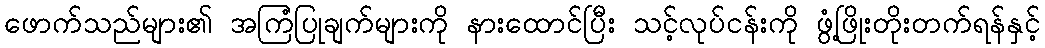
ဖောက်သည်များ၏ အကြံပြုချက်များကို နားထောင်ပြီး သင့်လုပ်ငန်းကို ဖွံ့ဖြိုးတိုးတက်ရန်နှင့်